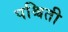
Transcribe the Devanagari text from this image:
पश्चिती